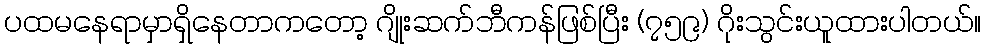
ပထမနေရာမှာရှိနေတာကတော့ ဂျိုးဆက်ဘီကန်ဖြစ်ပြီး (၇၅၉) ဂိုးသွင်းယူထားပါတယ်။